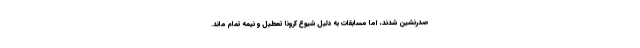
صدرنشین شدند، اما مسابقات به دلیل شیوع کرونا تعطیل و نیمه تمام ماند.